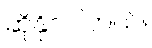
ဆိုနိုင်ပါတယ်။